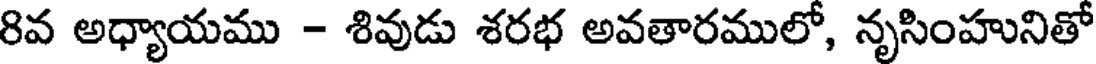
8వ అధ్యాయము - శివుడు శరభ అవతారములో, నృసింహునితో